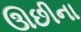
ઊછીના